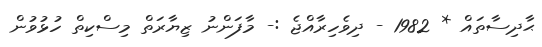
ޙާދިސާތައް * 1982 - ދިވެހިރާއްޖެ :- މާފަންނު ޒިޔާރަތް މިސްކިތް ހުޅުވުން